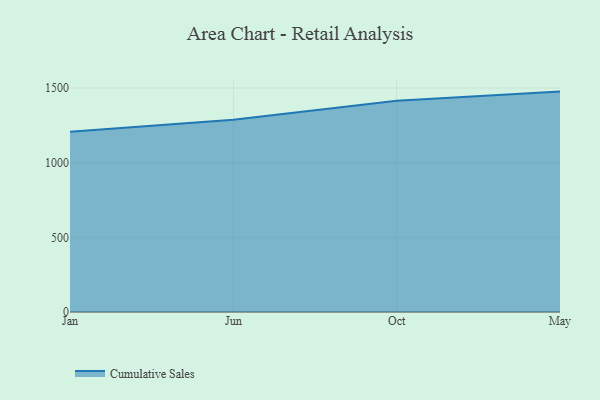
{"axis": {"x": "Month", "y": "Tickets Resolved"}, "legend": ["Cumulative Sales"], "data": [{"x": "Jan", "y": 1207.4, "type": "Cumulative Sales"}, {"x": "Jun", "y": 1288.0, "type": "Cumulative Sales"}, {"x": "Oct", "y": 1414.3, "type": "Cumulative Sales"}, {"x": "May", "y": 1476.3, "type": "Cumulative Sales"}]}